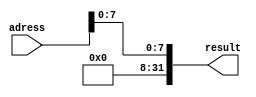
module loadOnlyByte(
	input wire [31:0] adress,
	output reg [31:0] result
);

always @ (*) begin
	result = {24'b0, adress[7:0]};
end
	
endmodule